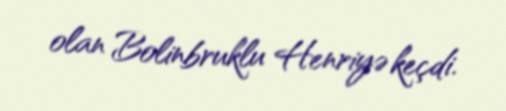
olan Bolinbruklu Henriyə keçdi.